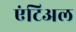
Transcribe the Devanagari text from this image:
एंटिअल